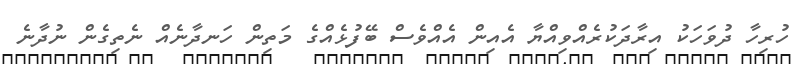
ހުރިހާ ދުވަހަކު އިރާދަކުރެއްވިއްޔާ އެއިން އެއްވެސް ބޭފުޅެއްގެ މަތިން ހަނދާނެއް ނެތިގެން ނުދާނެ